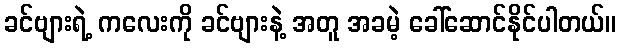
ခင်ဗျားရဲ့ ကလေးကို ခင်ဗျားနဲ့ အတူ အခမဲ့ ခေါ်ဆောင်နိုင်ပါတယ်။